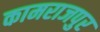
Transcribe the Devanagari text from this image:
कामराजपुर